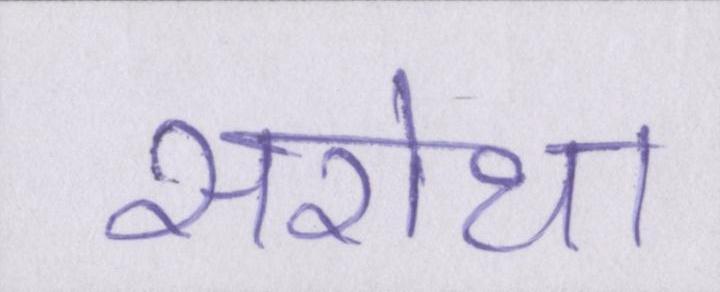
सरोथा